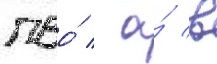
пво́ / а́ в